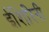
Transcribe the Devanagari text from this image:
ईशिरिनी